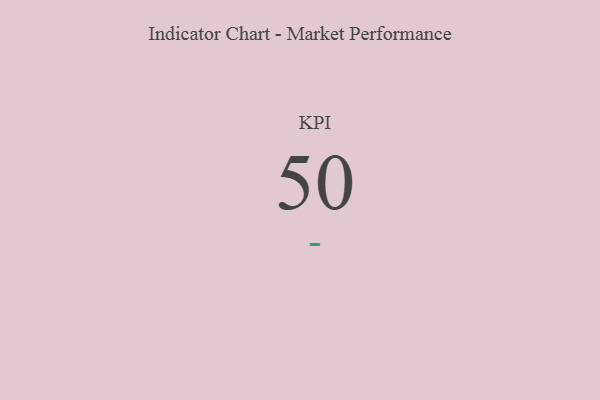
{"axis": {"x": "KPI", "y": "Value"}, "legend": [""], "data": [{"x": "KPI", "y": 50, "type": ""}]}